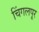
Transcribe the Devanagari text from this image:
चिंगलपूर